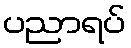
ပညာရပ်